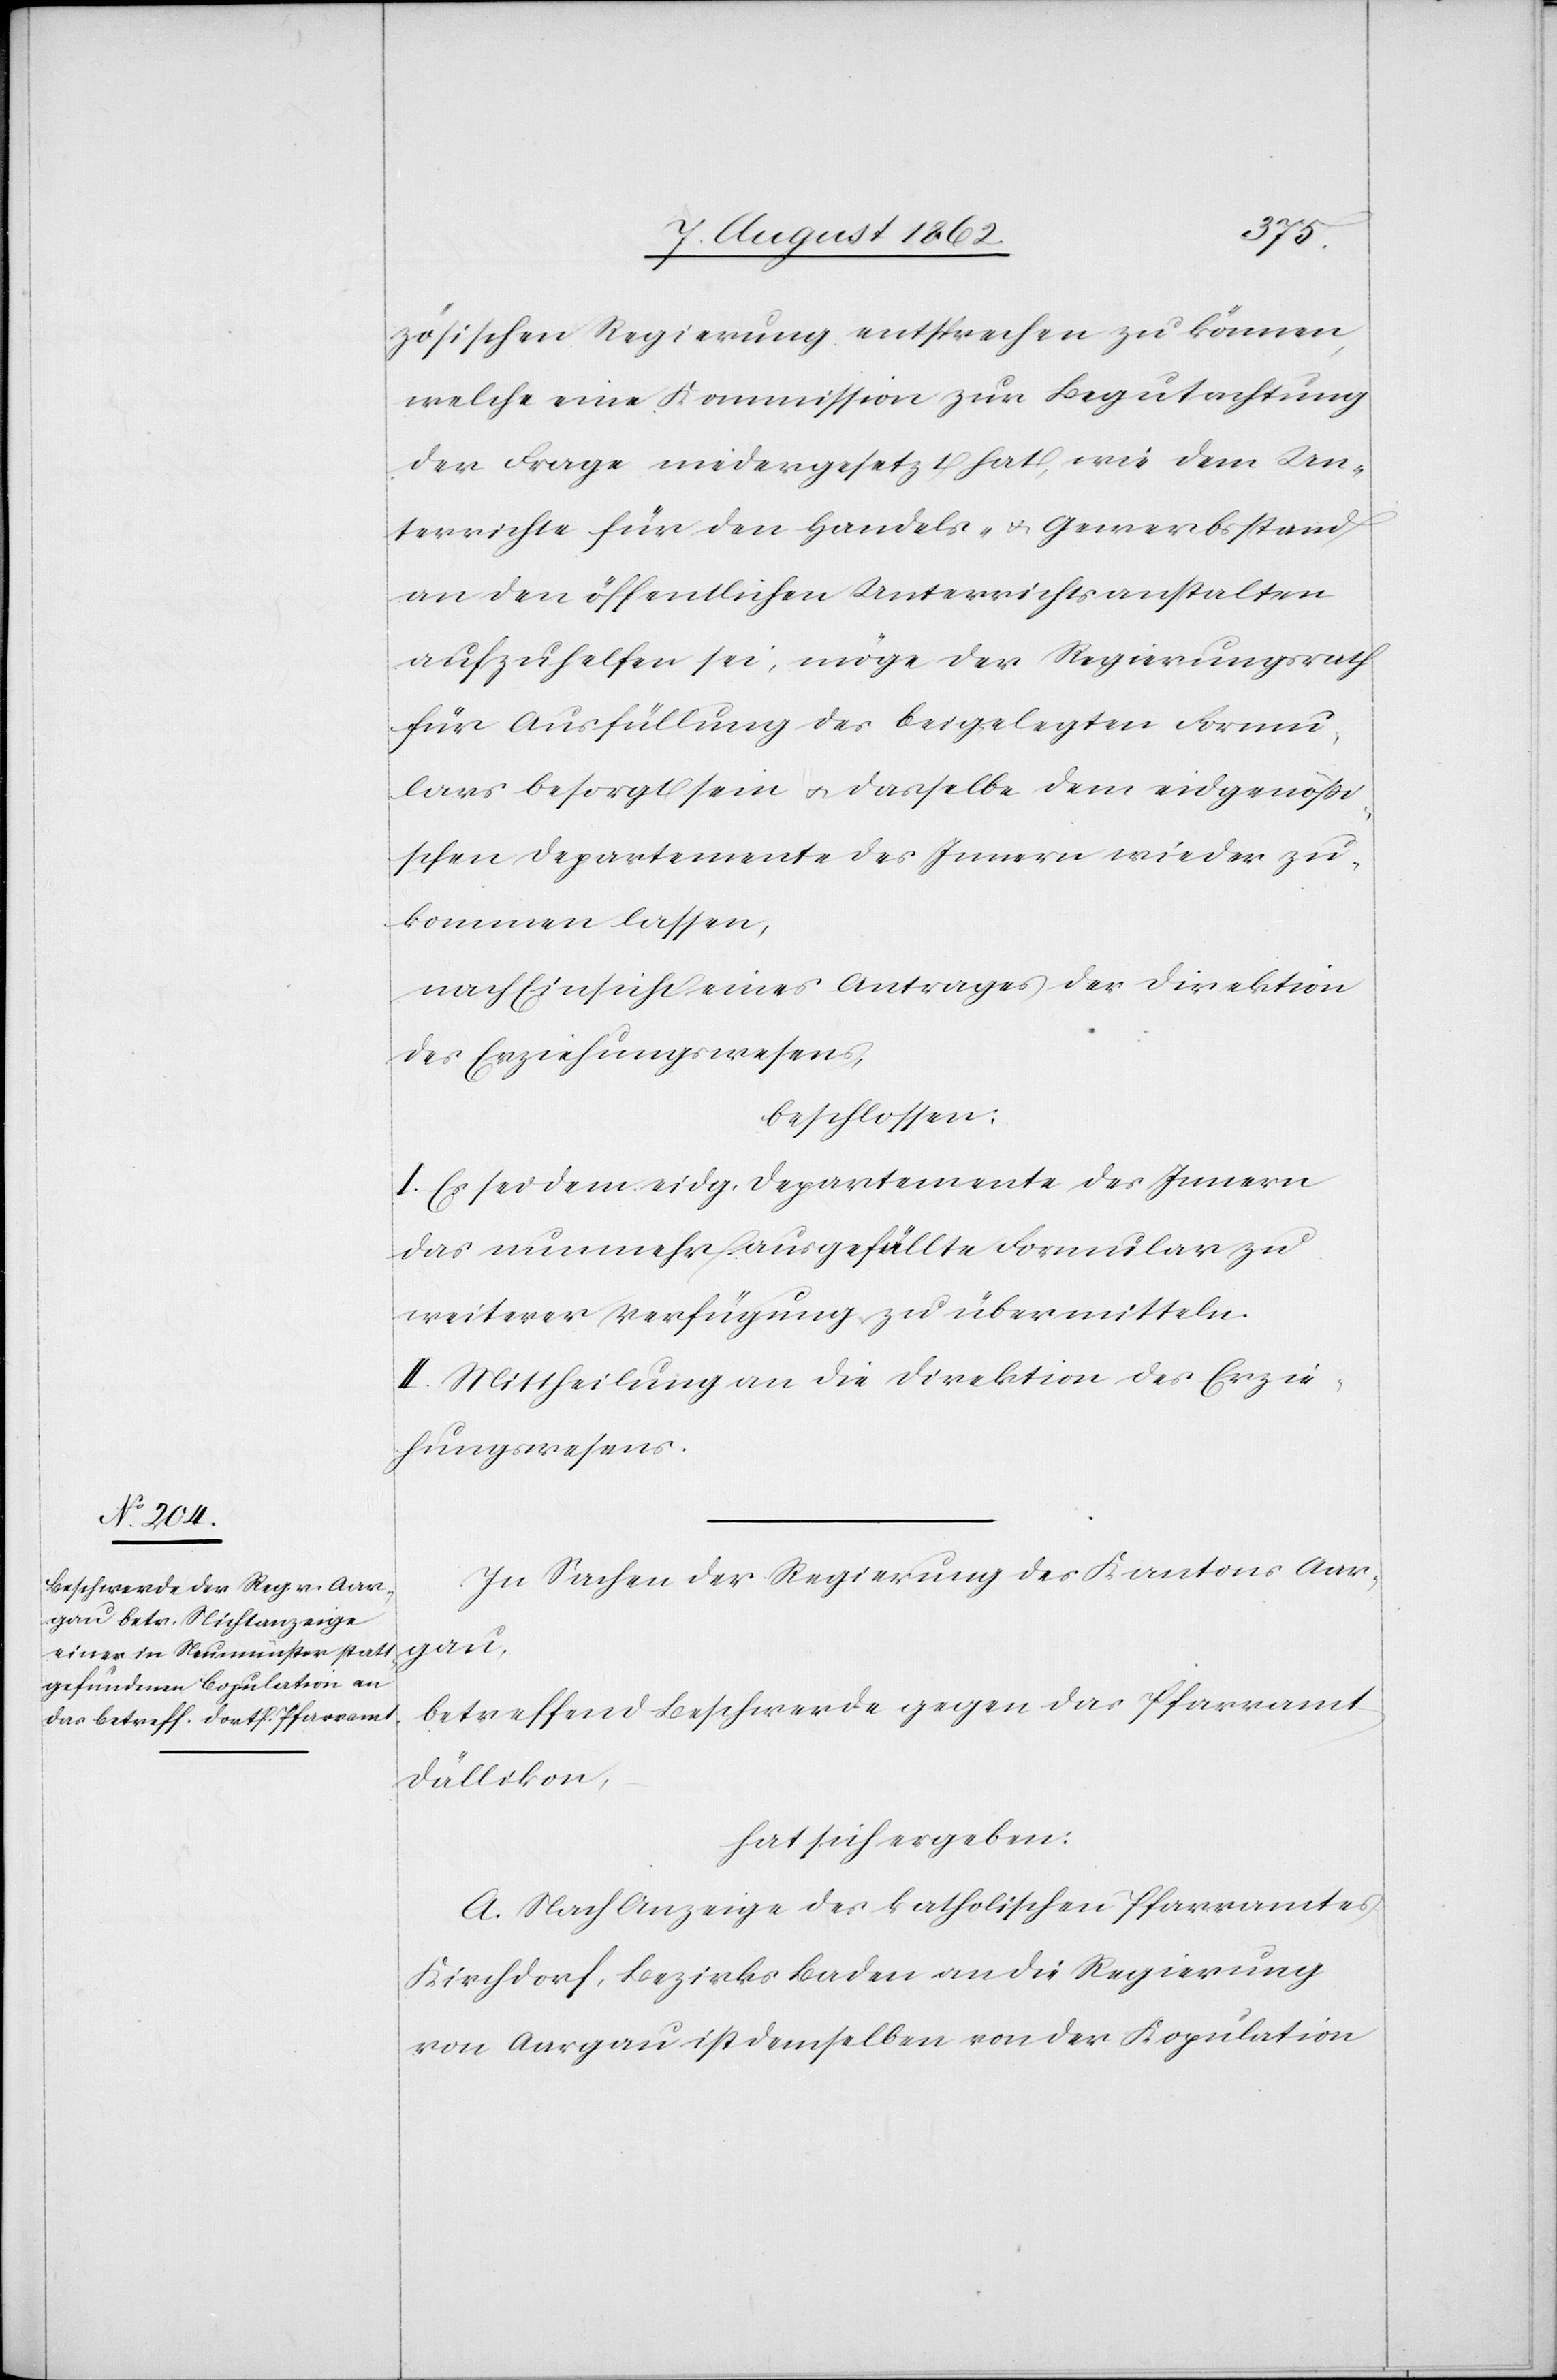
zösischen Regierung entsprechen zu können,
welche eine Kommission zur Begutachtung
der Frage niedergesetzt hat, wie dem Un¬
terrichte für den Handels- u. Gewerbsstand
an den öffentlichen Unterrichtsanstalten
aufzuhelfen sei, möge der Regierungsrath
für Ausfüllung des beigelegten Formu¬
lars besorgt sein u. dasselbe dem eidgenössi¬
schen Departemente des Innern wieder zu¬
kommen lassen,
nach Einsicht eines Antrages der Direktion
des Erziehungswesens,
beschlossen:
I. Es sei dem eidg. Departemente des Innern
das nunmehr ausgefüllte Formular zu
weiterer Verfügung zu übermitteln.
II. Mittheilung an die Direktion des Erzie¬
hungswesens.
In Sachen der Regierung des Kantons Aar¬
gau,
betreffend Beschwerde gegen das Pfarramt
Dällikon,
hat sich ergeben:
A. Nach Anzeige des katholischen Pfarramtes
Kirchdorf, Bezirks Baden an die Regierung
von Aargau ist demselben von der Kopulation